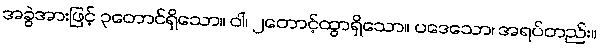
အခွဲအားဖြင့် ၃တောင်ရှိသော။ ဝါ၊ ၂တောင့်ထွာရှိသော။ ပဒေသော၊ အရပ်တည်း။